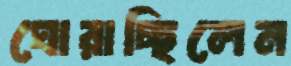
ঘোরাচ্ছিলেন